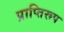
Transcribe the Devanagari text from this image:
प्राप्तिरूप